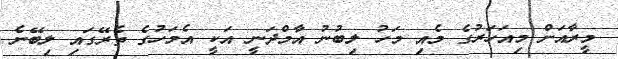
މީރާއަށް މިއަހަރުގެ މެއި މަހު ލިބުނު އާމްދަނީ އަކީ އެމަހުގެ ތެރޭގައި ލިބޭނެ